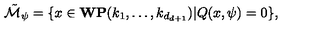
\tilde { { \cal M } } _ { \psi } = \{ x \in { \bf W P } ( k _ { 1 } , \ldots , k _ { d _ { d + 1 } } ) | Q ( x , \psi ) = 0 \} ,